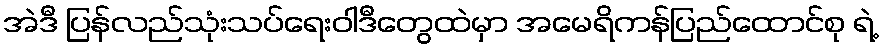
အဲဒီ ပြန်လည်သုံးသပ်ရေးဝါဒီတွေထဲမှာ အမေရိကန်ပြည်ထောင်စု ရဲ့